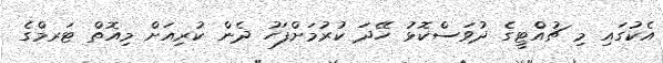
އެކުގައި މި ޗުއްޓީގެ ދުވަސްކޮޅު ހޭދަ ކުރުމަށްފަހު ދެން ކުރިއަށް މިއޮތް ޓަރމްގެ